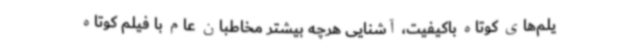
یلم‌های کوتاه باکیفیت، آشنایی هرچه بیشتر مخاطبان عام با فیلم کوتاه